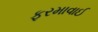
ફરમાવાઈ